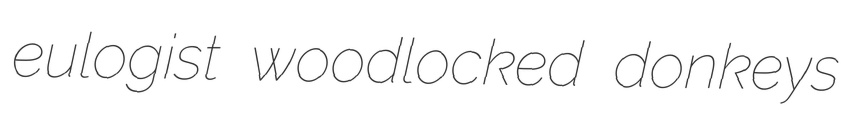
eulogist woodlocked donkeys